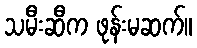
သမီးဆီက ဖုန်းမဆက်။